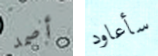
أصمد سأعاود